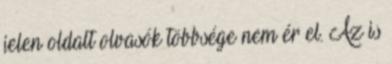
jelen oldalt olvasók többsége nem ér el. Az is